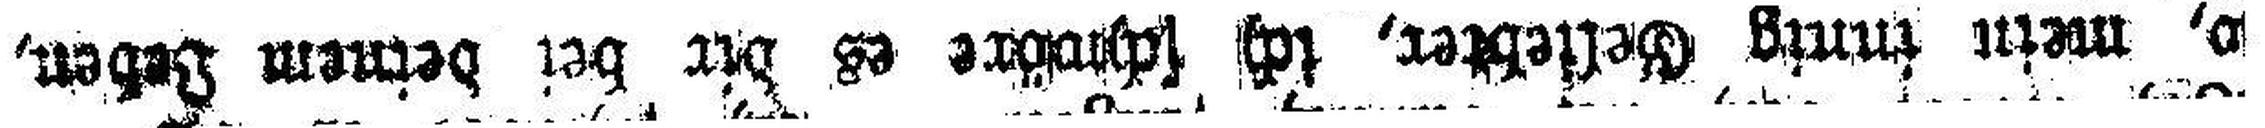
o, mein innig Geliebter, ich schwöre es dir bei deinem Leben,